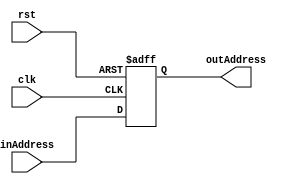
module CZN(
  input clk,
  input rst,
  input [2:0]inAddress,
  output reg[2:0] outAddress
);
  always @(posedge clk, posedge rst)begin
    if (rst)
      outAddress <= 3'b0;
    else 
      outAddress <= inAddress;
  end
endmodule

module DI_TB();
  reg clk, rst;
  reg [2:0]inAddress;
  wire [2:0]outAddress;
  
  CZN czn(clk, rst, inAddress, outAddress);
  initial begin
	  clk=0;
    repeat (40)
    #200 clk=~clk;
	end
  
  initial begin
    rst = 1; 
    #400;
    rst = 0; 
    inAddress = 5'b11;
    #400;
    inAddress = 5'b01;
    #400;
  end
endmodule